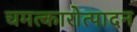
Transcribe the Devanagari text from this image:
चमत्कारोत्पादन